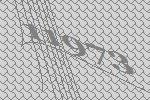
11973